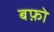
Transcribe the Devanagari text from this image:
बफ़ो